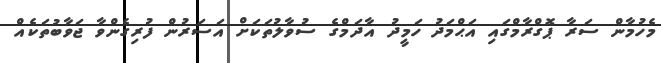
މެހުމާން ސަރާ ޕޮގްރާމްގައި އަޙްމަދު ހަމީދު އާދަމްގެ ސުވާލުތަކަށް އަސަރުން ފުރިގެންވާ ޖަވާބުތަކެއް